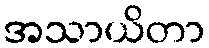
အသာယိတာ